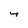
Character: 4